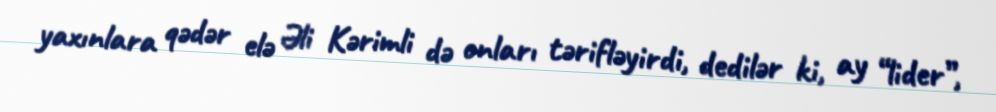
yaxınlara qədər elə Əli Kərimli də onları tərifləyirdi, dedilər ki, ay “lider”,